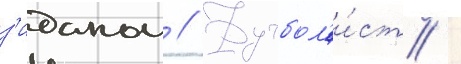
з'иданом // Футбол'и́ст /